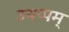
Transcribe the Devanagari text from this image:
उथप्पम्